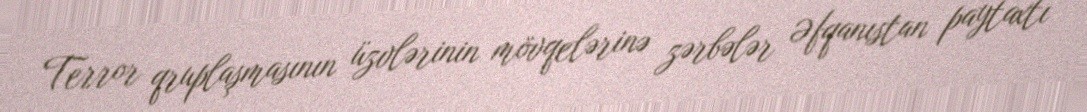
Terror qruplaşmasının üzvlərinin mövqelərinə zərbələr Əfqanıstan paytaxtı